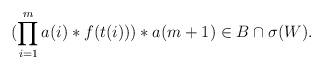
LaTeX: \begin{align*}(\prod_{i=1}^m a(i) \ast f(t(i))) \ast a(m+1) \in B \cap \sigma(W).\end{align*}